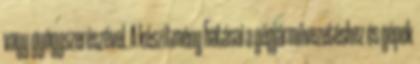
vagy gyógyszerészével. A készítmény hatásai a gépjárművezetéshez és gépek